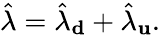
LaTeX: \hat{\lambda}=\hat{\lambda}_{\mathbf d}+\hat{\lambda}_{\mathbf u}.